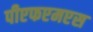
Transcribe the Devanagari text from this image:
पीएफएमएस